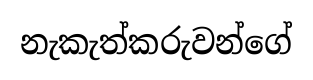
නැකැත්කරුවන්ගේ